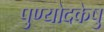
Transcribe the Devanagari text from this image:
पुण्योदकेषु